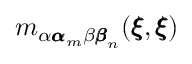
m _ { \alpha { \pmb \alpha } _ { m } \beta { \pmb \beta } _ { n } } ( { \pmb \xi } , { \pmb \xi } )